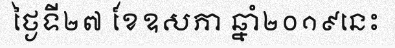
ថ្ងៃទី២៧ ខែឧសភា ឆ្នាំ២០១៩នេះ